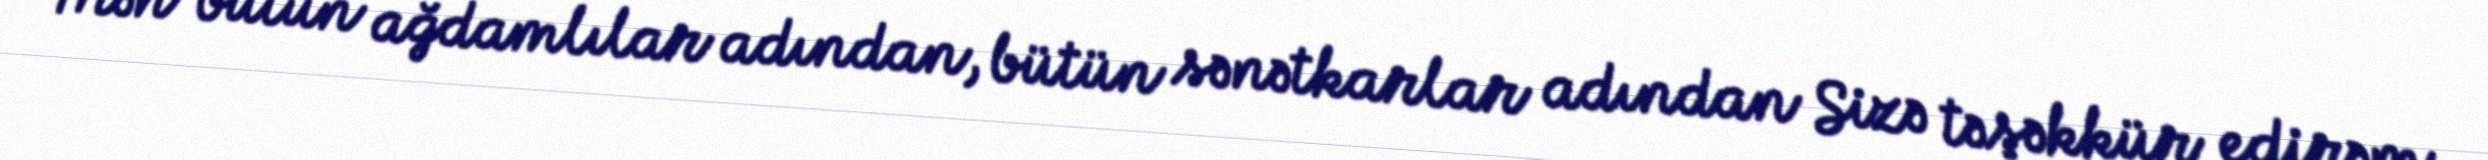
Mən bütün ağdamlılar adından, bütün sənətkarlar adından Sizə təşəkkür edirəm